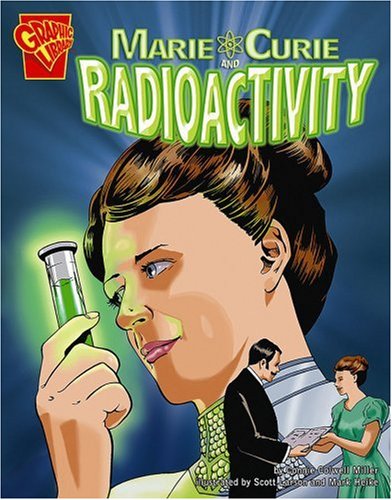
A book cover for Marie Curie and Radioactivity (Inventions and Discovery); Connie Colwell Miller; Children's Books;